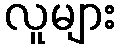
လူများ